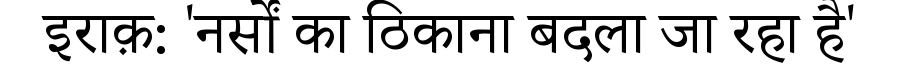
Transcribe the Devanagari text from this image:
इराक़: 'नर्सों का ठिकाना बदला जा रहा है'